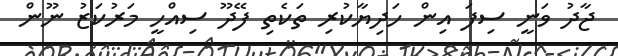
ޖާދު ވަނީ ސިފަ އިން ހަދިޔާކުރި ތަކެތި ފޭދޫ ސިއްހީ މަރުކަޒު ނޫން